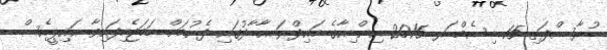
ބުރާސްފަތި 15 ޑިސެމްބަރ 2016 އިންޑިއާގެ ހައިދްރަ އާބާދުގައި ފެށުމަށް ހަމަޖެހިފައިވާ އައިޕީއެސް